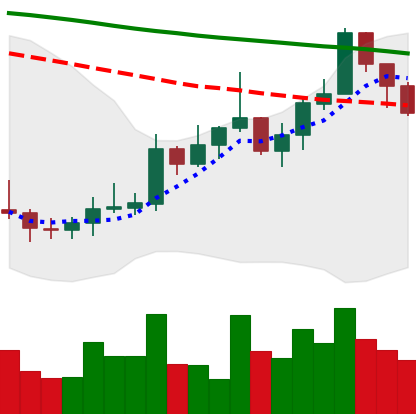
Ticker: XMR-USD
Chart end date: 2022-01-04
Forward return: -14.293%
Label: down_7plus